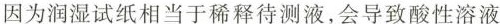
因为润湿试纸相当于稀释待测液，会导致酸性溶液